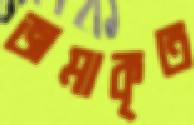
জমাকৃত